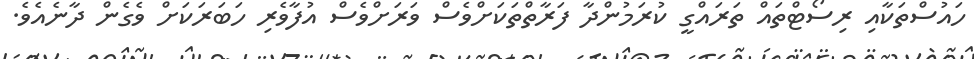
ހައުސްތަކާއި ރިސޯޓްތައް ތަރައްގީ ކުރަމުންދާ ފަރާތްތަކަށްވެސް ވަރަށްވެސް އުފާވެރި ހަބަރަަކަށް ވެގެން ދާނެއެވެ.